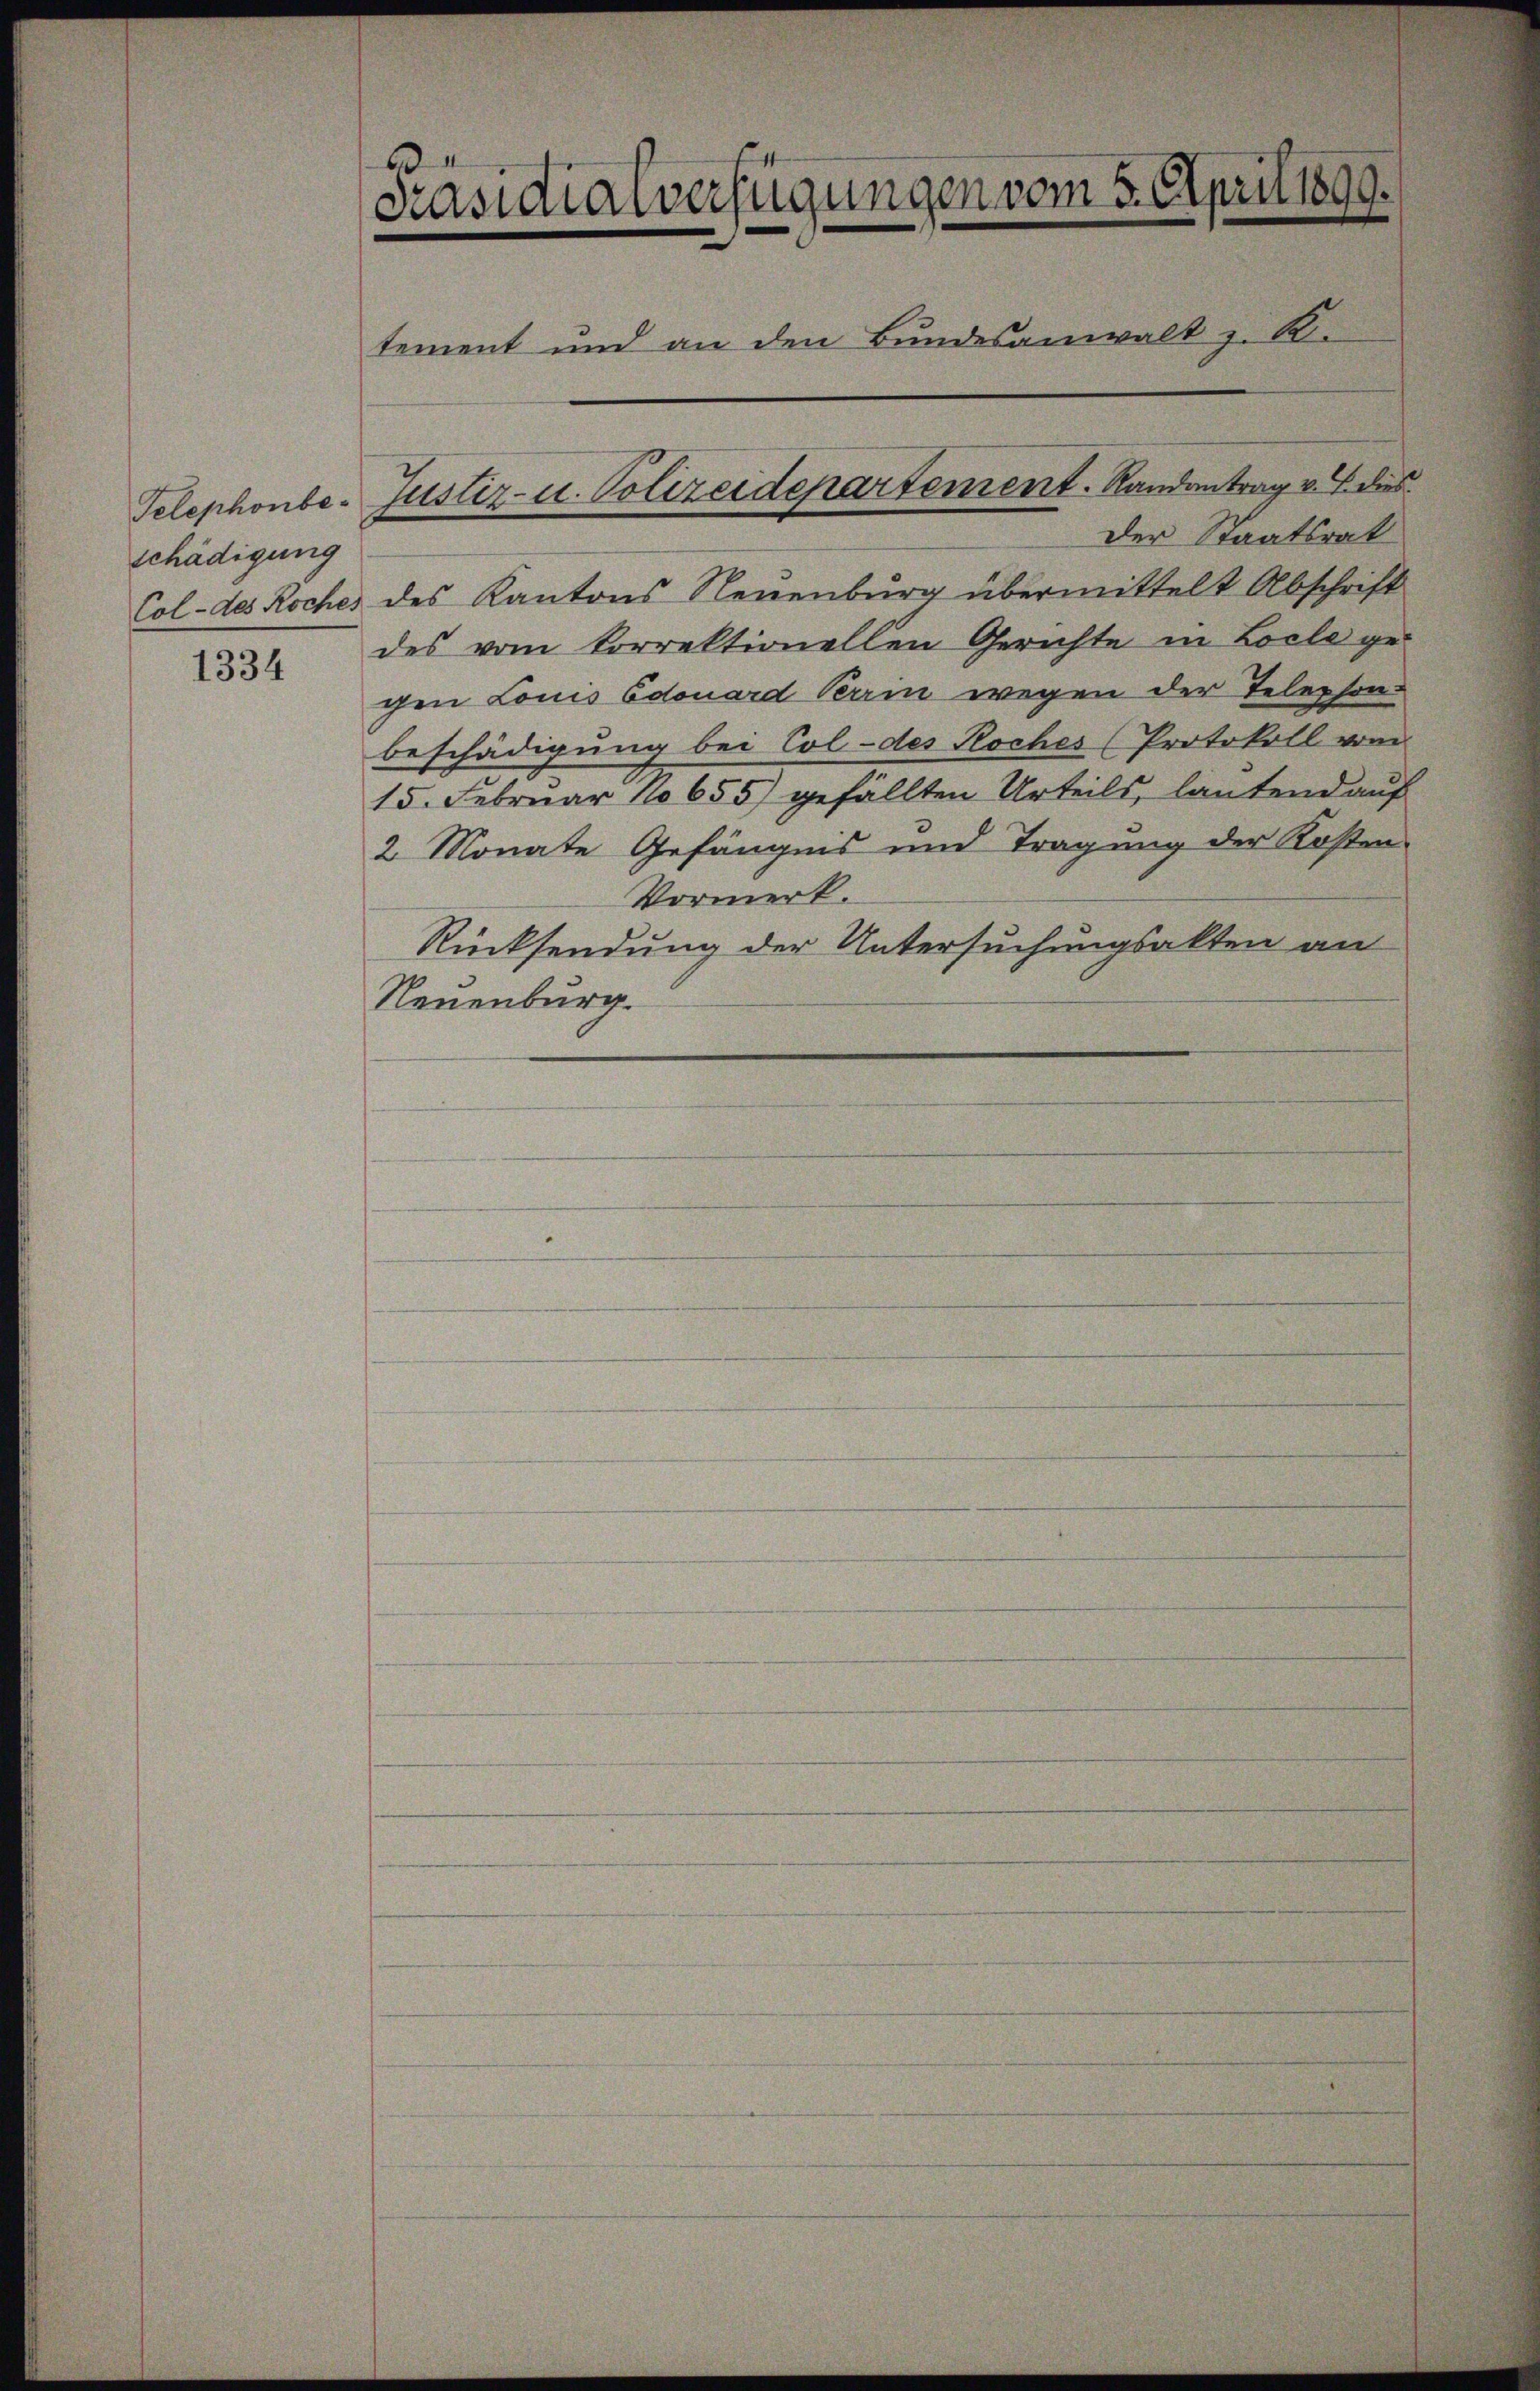
schädigung
Col- des Roches

1334

6
Präsidialverfügungen vom 5. April 1899.
tement und an den Bundesanwalt z. B.
Telephonbe- Justiz- u. Polizeidepartement. Randantrag v. J. dies

Der Staatsrat
des Kantons Neuenburg übermittelt Abschrift
des vom korrektionellen Gerichte in Locle ge-
chen Louis Edouard Verrin wegen der Telephon-
beschädigung bei Col-des Roches (Protokoll vom
15. Februar 10655) gefällten Urteils, lautend auf
2 Monate Gefängnis und Tragung der Kosten¬
Vormerk.
Rücksendung der Untersuchungsakten an
Neuenburg.